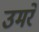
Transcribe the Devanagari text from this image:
उमरे